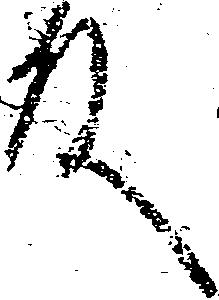
殿